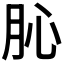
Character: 𦙦